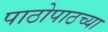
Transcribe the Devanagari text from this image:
पाठोपाठच्या